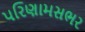
પરિણામસભર